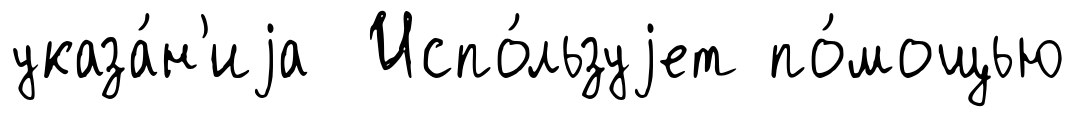
указа́н'иjа Испо́льзуjет по́мощью